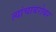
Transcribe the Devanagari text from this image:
त्यांचाबरोबर